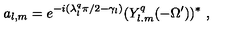
a _ { l , m } = e ^ { - i ( \lambda _ { l } ^ { q } \pi / 2 - \gamma _ { l } ) } ( Y _ { l . m } ^ { q } ( - \Omega ^ { \prime } ) ) ^ { * } \ ,